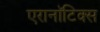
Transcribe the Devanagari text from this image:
एरानाॅटिक्स